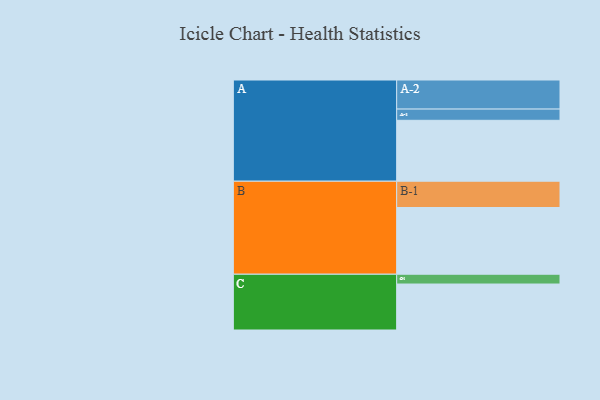
{"axis": {"x": "Segment", "y": "Value"}, "legend": ["", "A", "B", "C"], "data": [{"x": "A", "y": 461, "type": ""}, {"x": "B", "y": 505, "type": ""}, {"x": "C", "y": 348, "type": ""}, {"x": "A-1", "y": 85, "type": "A"}, {"x": "A-2", "y": 220, "type": "A"}, {"x": "B-1", "y": 199, "type": "B"}, {"x": "C-1", "y": 74, "type": "C"}]}